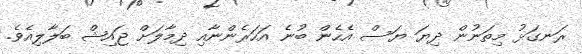
ރަނގަޅު މިތަނުން ދިޔަ ޔަސް އެހެން ބުނެ އަހަރެންނާއި ދިމާލަށް ޖައިޝް ބަލާލިއެވެ.